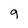
Character: 9